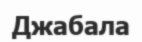
Джабала